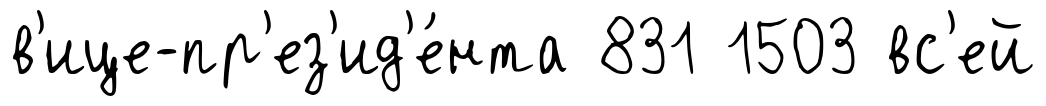
в'ице-пр'ез'ид'е́нта 831 1503 вс'ей